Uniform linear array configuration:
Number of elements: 32
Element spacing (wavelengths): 0.75
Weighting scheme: binomial
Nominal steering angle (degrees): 60
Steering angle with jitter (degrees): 61.377
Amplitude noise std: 0.05
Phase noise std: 0.05

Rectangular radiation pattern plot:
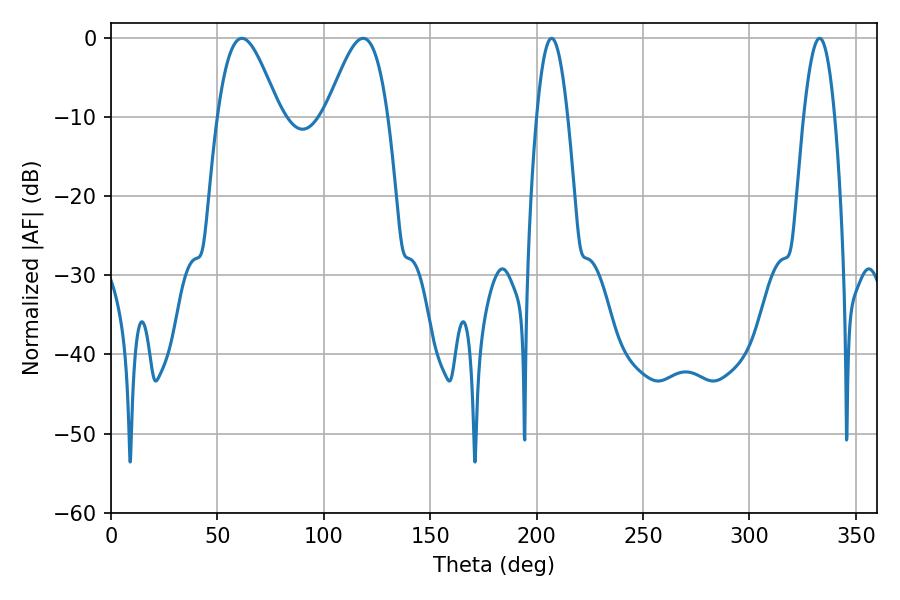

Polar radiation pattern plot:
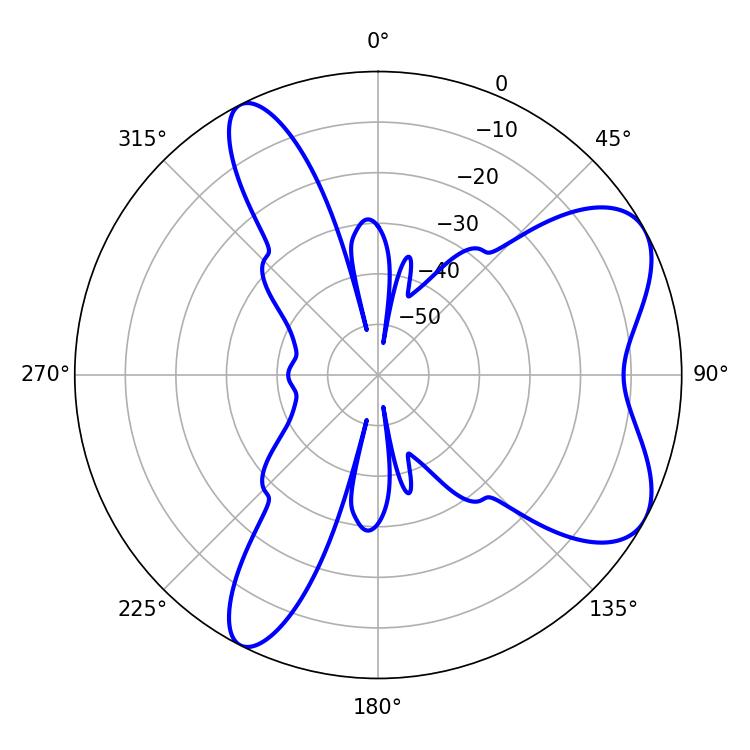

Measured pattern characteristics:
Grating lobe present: TRUE
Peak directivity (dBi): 6.848
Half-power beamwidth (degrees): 15.48
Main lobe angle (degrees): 61.56